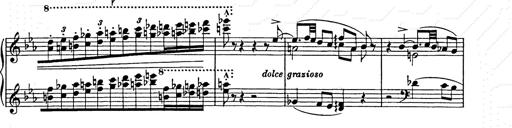
Title: Hungarian Rhapsody No.9
Composer: Franz Liszt
Key: E-flat major